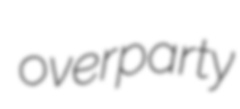
overparty